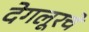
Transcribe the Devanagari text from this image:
देगलूरचे